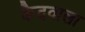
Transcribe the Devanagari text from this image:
कैदवाला